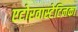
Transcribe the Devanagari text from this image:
एटोरवास्टेटिनका